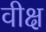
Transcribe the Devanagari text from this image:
वीक्ष